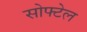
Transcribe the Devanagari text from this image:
सोफ्टेल